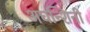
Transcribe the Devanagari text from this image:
अघन्शिनी